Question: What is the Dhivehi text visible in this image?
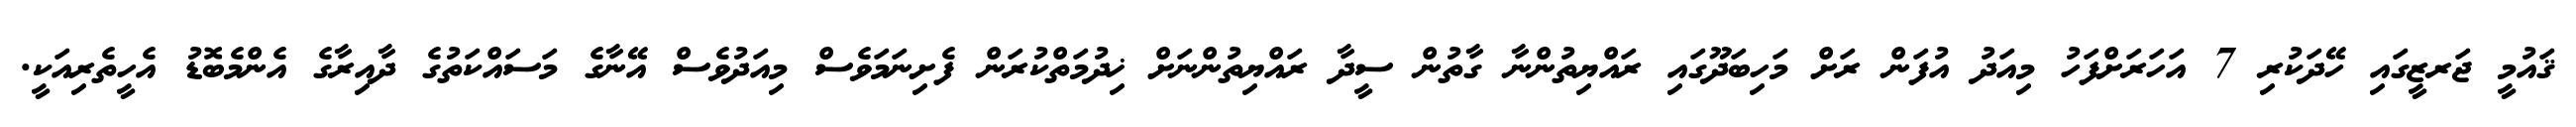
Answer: ޤައުމީ ޖަރޒީގައި ހޭދަކުރި 7 އަހަރަށްފަހު މިއަދު އުފަން ރަށް މަހިބަދޫގައި ރައްޔިތުންނާ ގާތުން ސީދާ ރައްޔިތުންނަށް ޚިދުމަތްކުރަން ފެށިނަމަވެސް މިއަދުވެސް އޭނާގެ މަސައްކަތުގެ ދާއިރާގެ އެންމެބޮޑު އެހީތެރިއަކީ.